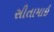
સીતામાઇ